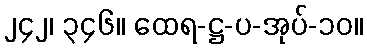
၂၄၂၊ ၃၄၆။ ထေရ-ဋ္ဌ-ပ-အုပ်-၁၀။